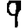
Digit: 9